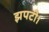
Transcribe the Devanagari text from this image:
झपटी।